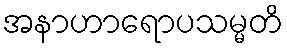
အနာဟာရောပသမ္မတိ